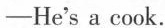
-He's a cook.